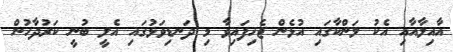
އާއިލާއާއި އެކު ލަންކާގައި އުޅެން ޖެހިފައިވާ މި ދަނޑިވަޅުގައި އެލީ ބުނީ ކަރުދާހުން